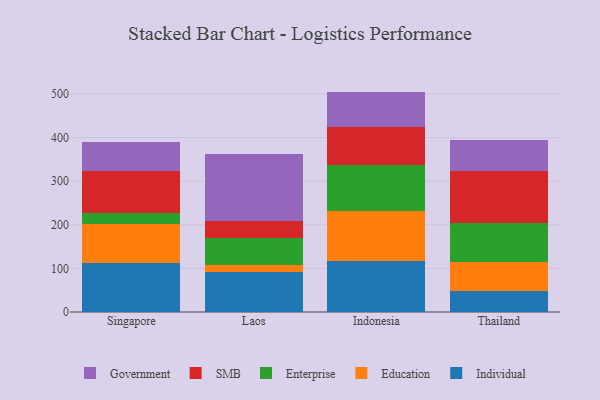
{"axis": {"x": "Country", "y": "Page Views"}, "legend": ["Education", "Enterprise", "Government", "Individual", "SMB"], "data": [{"x": "Singapore", "y": 112.5, "type": "Individual"}, {"x": "Singapore", "y": 90.0, "type": "Education"}, {"x": "Singapore", "y": 25.5, "type": "Enterprise"}, {"x": "Singapore", "y": 95.2, "type": "SMB"}, {"x": "Singapore", "y": 66.9, "type": "Government"}, {"x": "Laos", "y": 91.4, "type": "Individual"}, {"x": "Laos", "y": 17.4, "type": "Education"}, {"x": "Laos", "y": 60.0, "type": "Enterprise"}, {"x": "Laos", "y": 39.9, "type": "SMB"}, {"x": "Laos", "y": 153.2, "type": "Government"}, {"x": "Indonesia", "y": 117.4, "type": "Individual"}, {"x": "Indonesia", "y": 113.2, "type": "Education"}, {"x": "Indonesia", "y": 106.4, "type": "Enterprise"}, {"x": "Indonesia", "y": 86.8, "type": "SMB"}, {"x": "Indonesia", "y": 81.7, "type": "Government"}, {"x": "Thailand", "y": 47.8, "type": "Individual"}, {"x": "Thailand", "y": 66.7, "type": "Education"}, {"x": "Thailand", "y": 89.5, "type": "Enterprise"}, {"x": "Thailand", "y": 120.5, "type": "SMB"}, {"x": "Thailand", "y": 69.3, "type": "Government"}]}